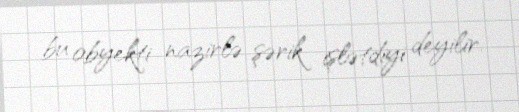
bu obyekti nazirlə şərik işlətdiyi deyilir.